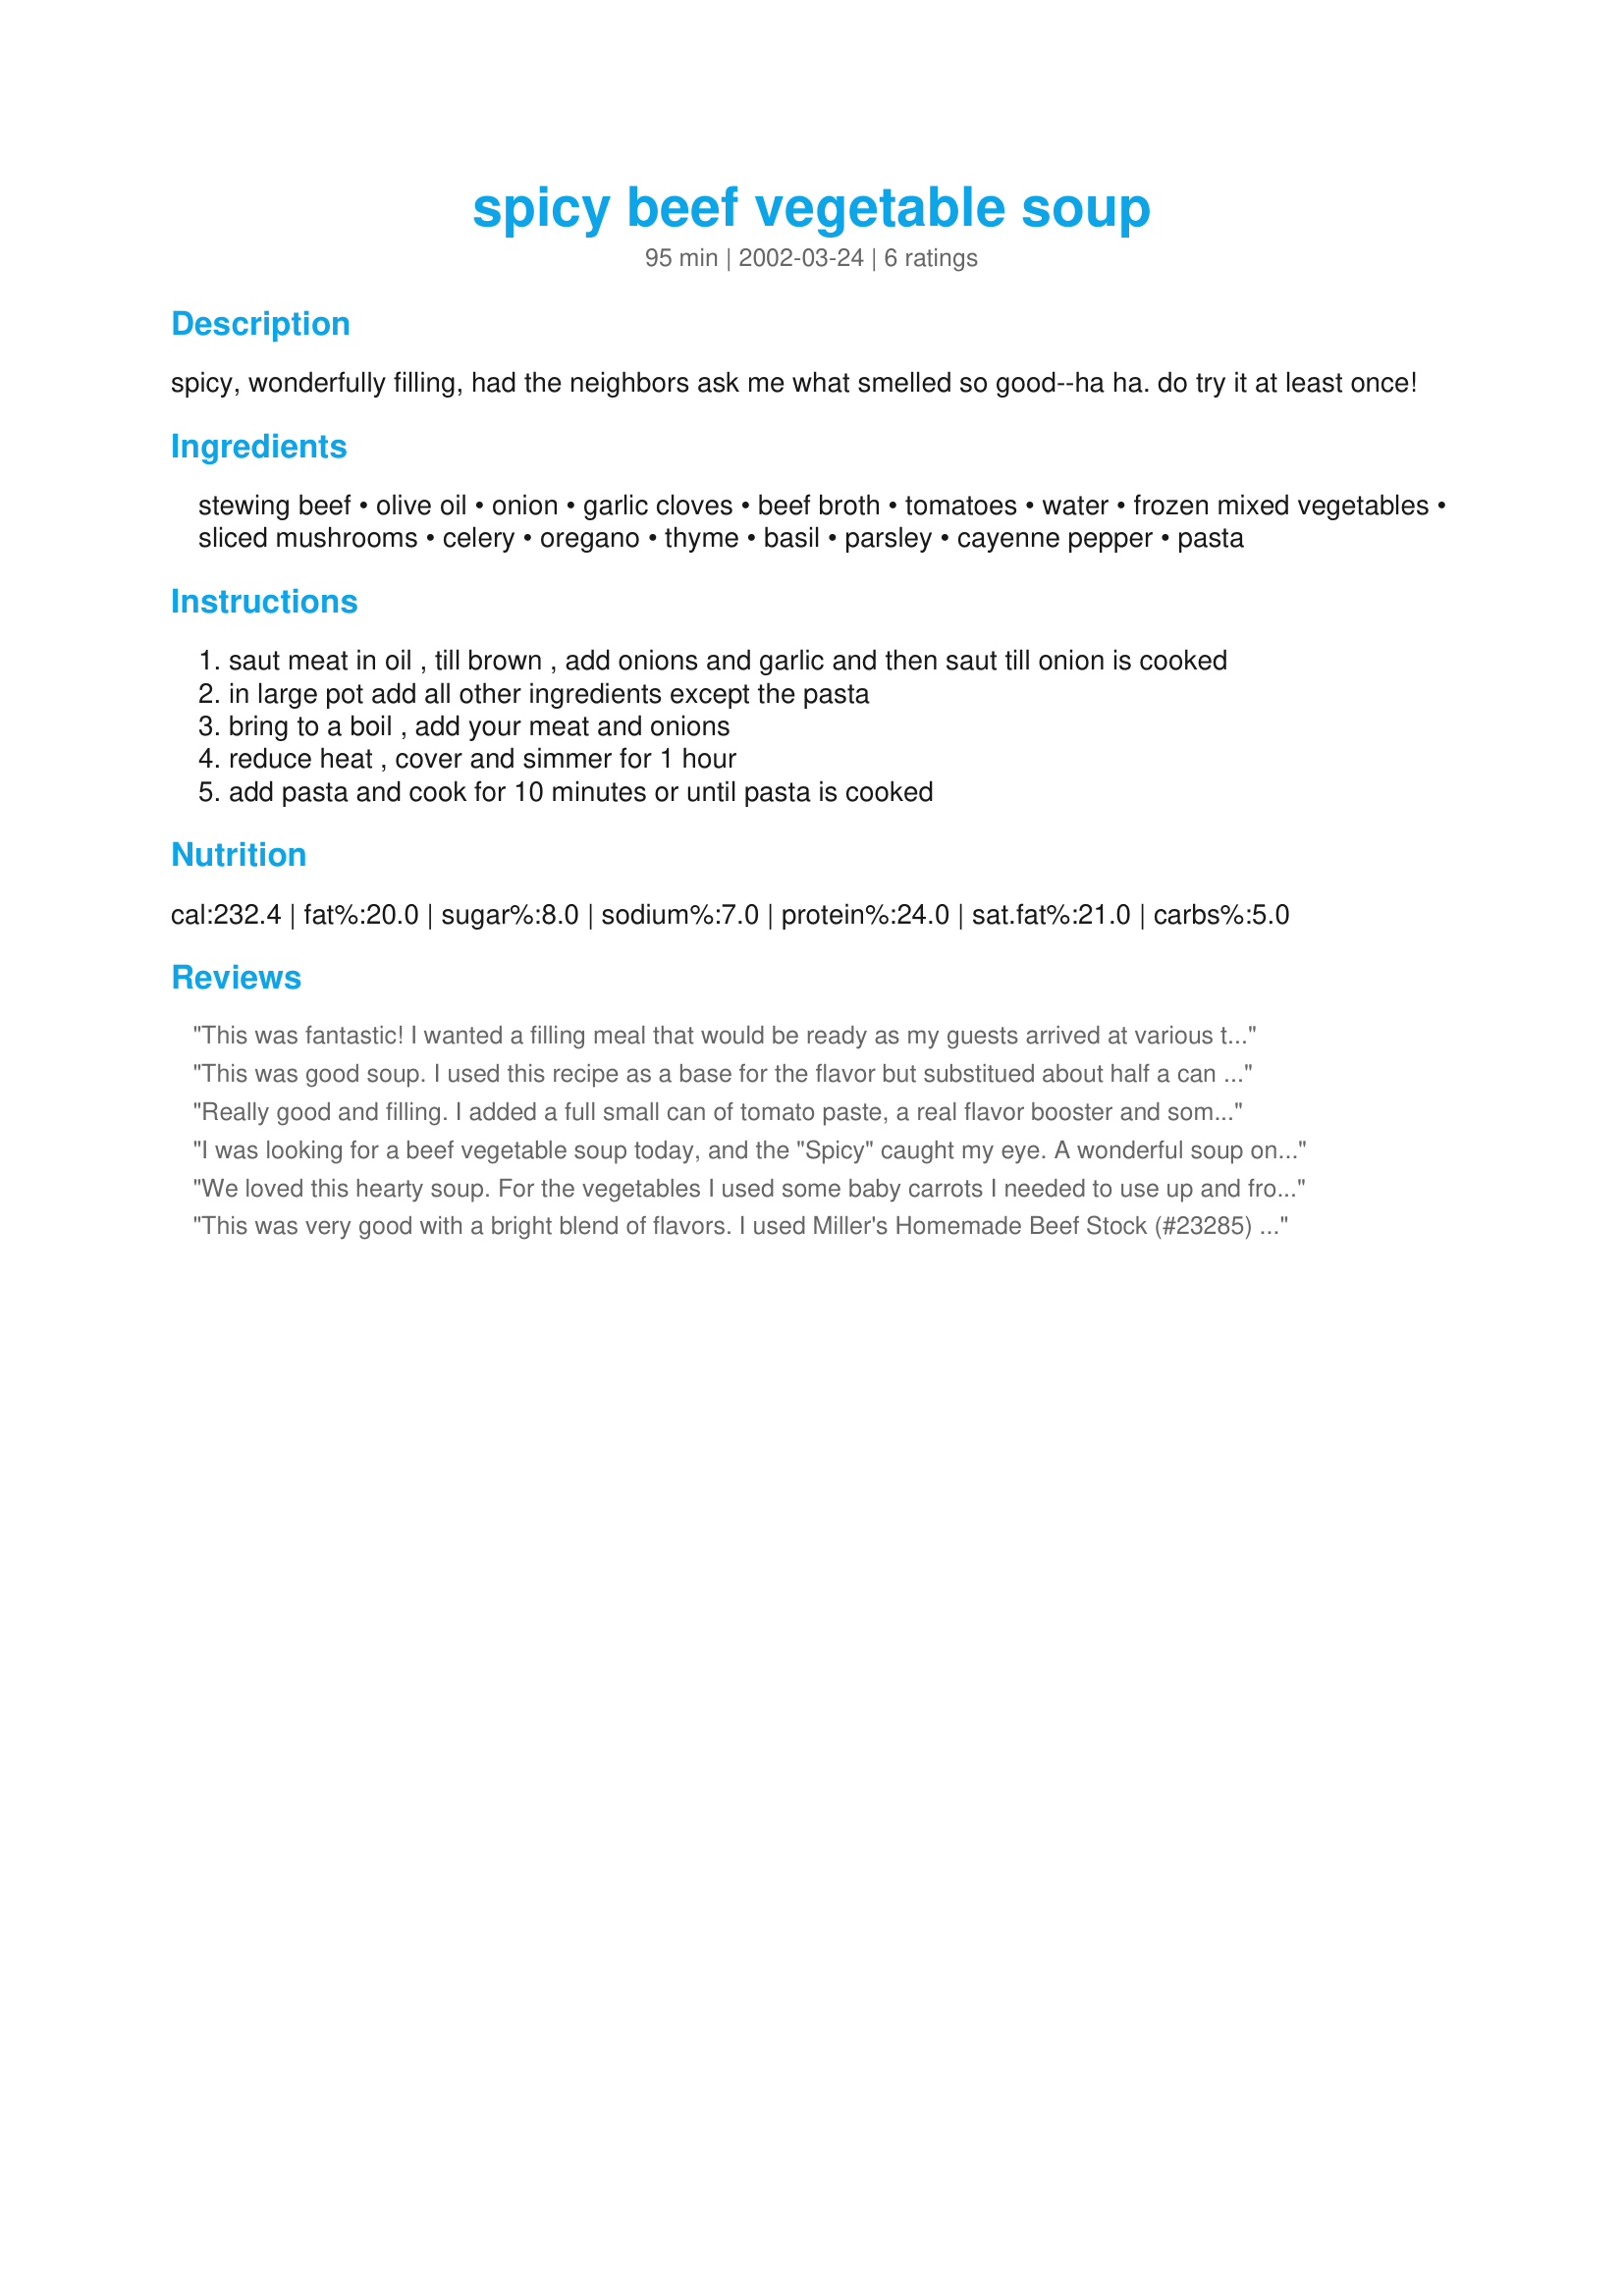
spicy beef vegetable soup
Preparation time: 95 minutes

spicy, wonderfully filling, had the neighbors ask me what smelled so good--ha ha. do try it at least once!

Ingredients:
stewing beef, olive oil, onion, garlic cloves, beef broth, tomatoes, water, frozen mixed vegetables, sliced mushrooms, celery, oregano, thyme, basil, parsley, cayenne pepper, pasta

Steps:
saut meat in oil , till brown , add onions and garlic and then saut till onion is cooked
in large pot add all other ingredients except the pasta
bring to a boil , add your meat and onions
reduce heat , cover and simmer for 1 hour
add pasta and cook for 10 minutes or until pasta is cooked

Reviews:
This was fantastic! I wanted a filling meal that would be ready as my guests arrived at various times (on the same day) for the holidays. It was a perfect meal with warm bread and the leftovers freeze like a dream! I will make this often.
This was good soup. I used this recipe as a base for the flavor but substitued about half a can of tomato paste for the tomatoes because my family doesn't like cooked tomatoes and then cut up big chunks of carrots and potatoes instead of using the frozen mixed veggies. Also, I did not add the pasta because we didn't want that. The spice was nice and the soup had pretty good flavor. It went over well and I will probably make this again some time.
Really good and filling. I added a full small can of tomato paste, a real flavor booster and some more beef broth/water to dilute it. I served it with grated parmesan on top.
I was looking for a beef vegetable soup today, and the "Spicy" caught my eye. A wonderful soup on a dank February day! I made no changes, but a few additions. I increased the beef to 1 1/2 pounds, used a large can of tomatoes since it wasn't specified,(and I like a lot of tomatoes)and a small can of tomato paste. Also added a half of a cabbage head, chopped, some frozen baby lima beans, and I had a couple red potatoes I didn't use yesterday, so I diced those and threw them in.We put grated Parmesan on our bowls of soup, and the only suggestion I got from the Family Unit was they wanted more pasta in it. I will DEFINITELY make this soup again.
Thanks!
We loved this hearty soup. For the vegetables I used some baby carrots I needed to use up and frozen peas and corn. I reduced the amount of cayenne to make it not quite as spicy, and that was perfect for us. Thanks for a terrific soup to make again and again.
This was very good with a bright blend of flavors. I used Miller's Homemade Beef Stock (#23285) as a base and substituted some fresh veggies for the frozen, but I liked the blend of spices, especially the cayenne. A nice, filling cold day soup!
Thanks, Meowna!
